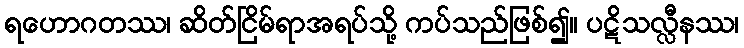
ရဟောဂတဿ၊ ဆိတ်ငြိမ်ရာအရပ်သို့ ကပ်သည်ဖြစ်၍။ ပဋိသလ္လီနဿ၊